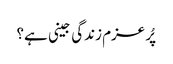
پُر عزم زندگی جینی ہے؟